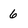
Character: 6